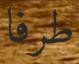
طرفا